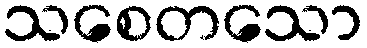
သစေတသော